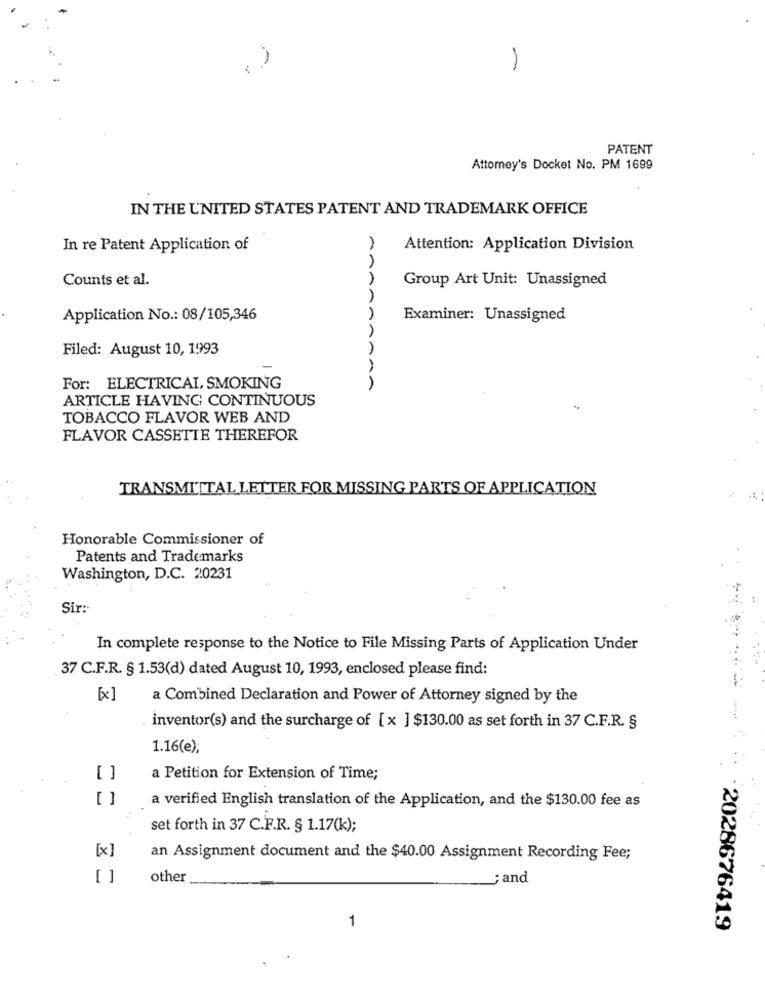
PATENT
Attorney's Docket No. PM 1699
IN THE UNITED STATES PATENT AND TRADEMARK OFFICE
In re Patent Application of
Attention: Application Division
Counts et al.
AAA
Group Art Unit: Unassigned
Application No .: 08/105,346
AA
Examiner: Unassigned
Filed: August 10, 1993
AA
For: ELECTRICAL, SMOKING
ARTICLE HAVING CONTINUOUS
TOBACCO FLAVOR WEB AND
FLAVOR CASSETTE THEREFOR
TRANSMITTAL LETTER FOR MISSING PARTS OF APPLICATION
Honorable Commissioner of
Patents and Trademarks
Washington, D.C. 20231
Sir:
In complete response to the Notice to File Missing Parts of Application Under
37 C.F.R. § 1.53(d) dated August 10, 1993, enclosed please find:
[x]
a Combined Declaration and Power of Attorney signed by the
inventor(s) and the surcharge of [x ] $130.00 as set forth in 37 C.F.R. §
1.16(e);
a Petition for Extension of Time;
a verified English translation of the Application, and the $130.00 fee as
set forth in 37 C.F.R. § 1.17(k);
[x]
an Assignment document and the $40.00 Assignment Recording Fee;
other
; and
1
2028676419